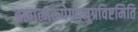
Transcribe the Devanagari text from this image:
ब्रह्मात्मरूपेणानुप्रविष्टमिति